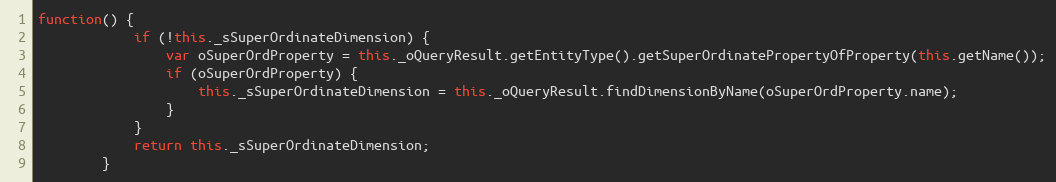
Language: JavaScript
function() {
			if (!this._sSuperOrdinateDimension) {
				var oSuperOrdProperty = this._oQueryResult.getEntityType().getSuperOrdinatePropertyOfProperty(this.getName());
				if (oSuperOrdProperty) {
					this._sSuperOrdinateDimension = this._oQueryResult.findDimensionByName(oSuperOrdProperty.name);
				}
			}
			return this._sSuperOrdinateDimension;
		}